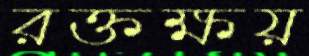
রক্তক্ষয়